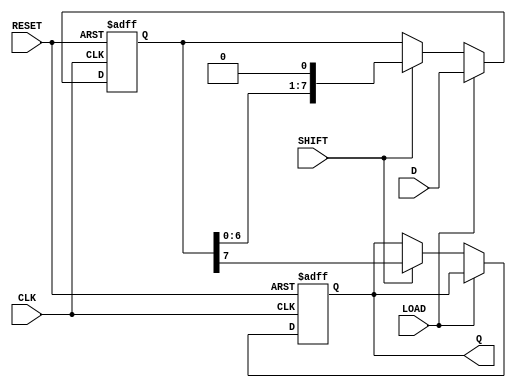
module PISO_Register #(
    parameter WIDTH = 8  // Parameter to set the width of the register
)(
    input wire [WIDTH-1:0] D,   // Parallel Data Input
    input wire LOAD,             // Load Signal
    input wire SHIFT,            // Shift Signal
    input wire CLK,              // Clock Signal
    input wire RESET,            // Reset Signal
    output reg Q                // Serial Output
);

    reg [WIDTH-1:0] SR;         // Shift Register

    // Asynchronous reset logic
    always @(posedge CLK or posedge RESET) begin
        if (RESET) begin
            SR <= {WIDTH{1'b0}}; // Reset the shift register to 0
            Q <= 1'b0;           // Initialize serial output
        end 
        else begin
            if (LOAD) begin
                SR <= D;         // Load parallel data into the shift register
            end 
            else if (SHIFT) begin
                Q <= SR[WIDTH-1]; // Shift out the MSB to serial output
                SR <= {SR[WIDTH-2:0], 1'b0}; // Shift left and fill LSB with 0
            end
        end
    end

endmodule